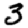
Digit: 3